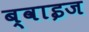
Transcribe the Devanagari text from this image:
ब्वाइज